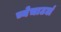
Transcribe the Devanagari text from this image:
च्येचाटलं